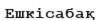
Ешкісабақ